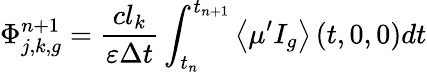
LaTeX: \Phi_{j,k,g}^{n+1}=\frac{cl_{k}}{\varepsilon\Delta t}\int_{t_{n}}^{t_{n+1}}\left\langle\mu^{\prime}I_{g}\right\rangle\left(t,0,0\right)dt